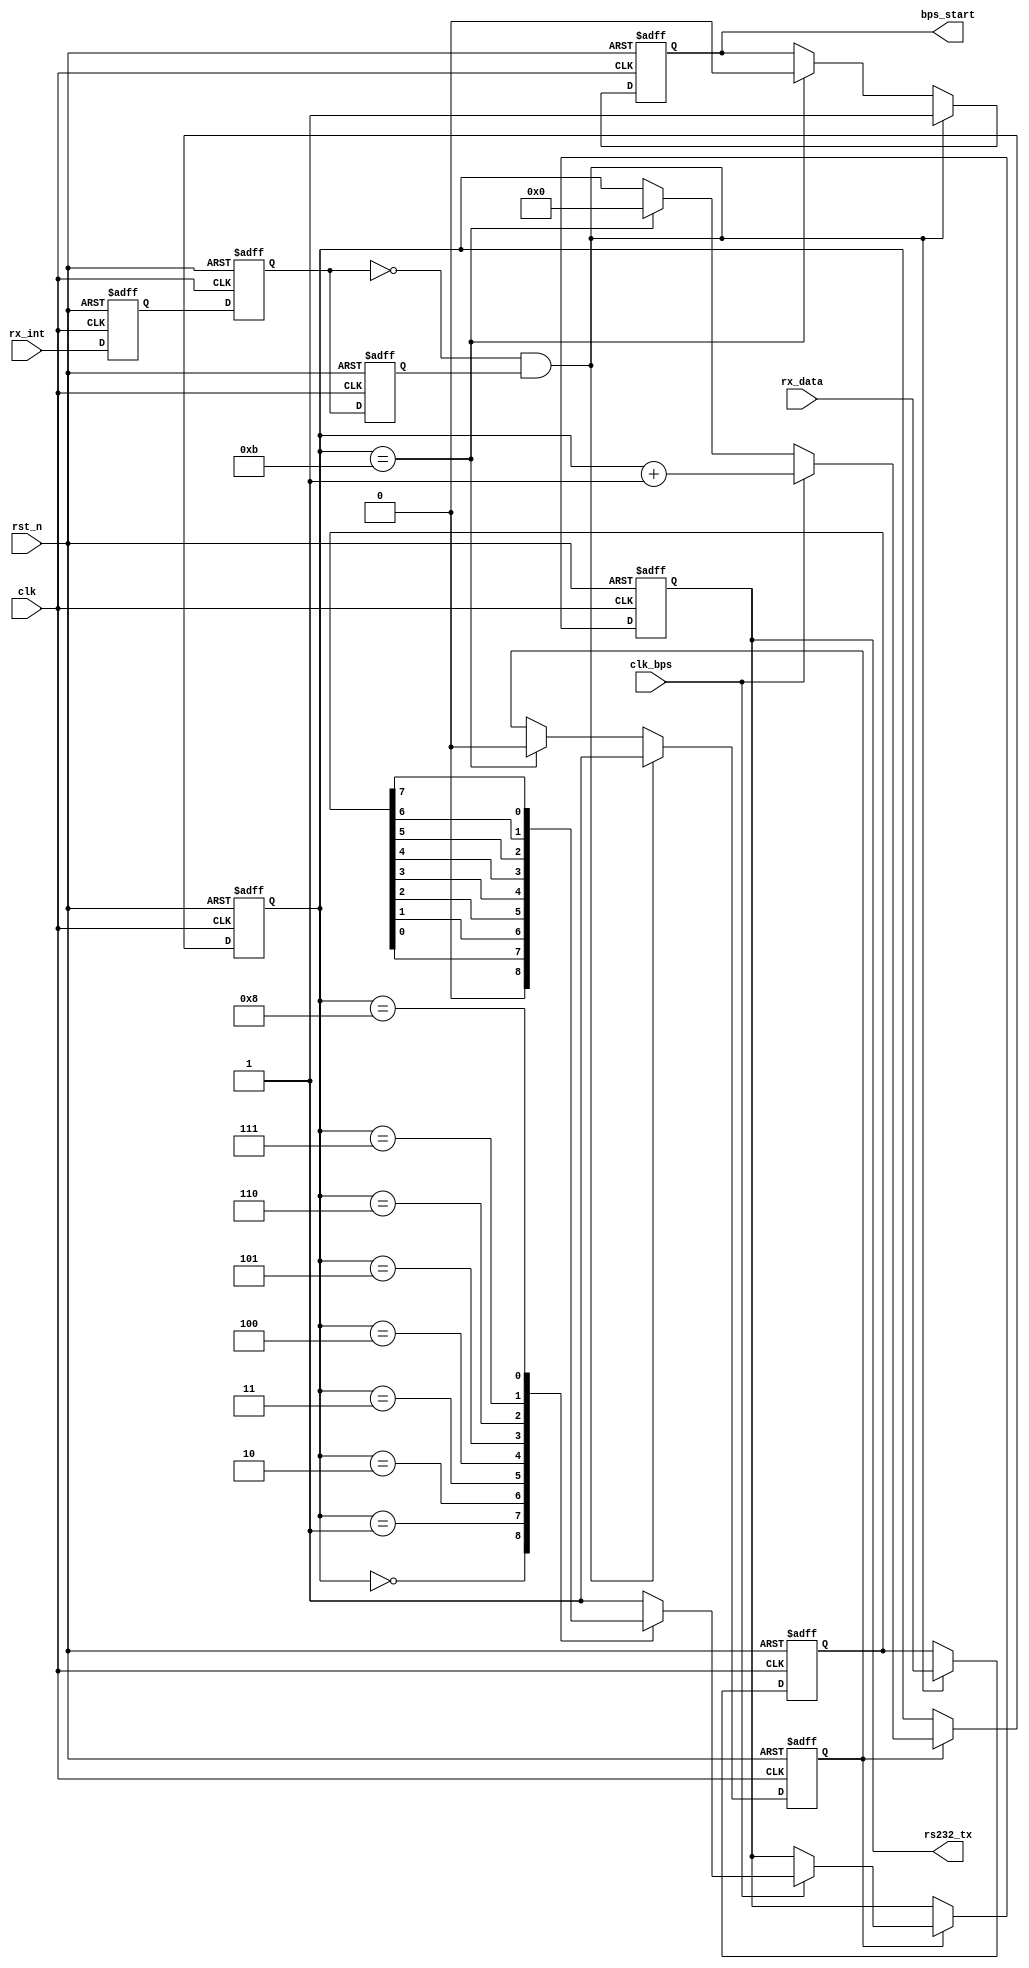
`timescale 1ns / 1ps

module my_uart_tx(
				clk,rst_n,
				rx_data,rx_int,rs232_tx,
				clk_bps,bps_start
			);

input clk;			// 50MHz
input rst_n;		//
input clk_bps;		// clk_bps_r,
input[7:0] rx_data;	//
input rx_int;		//,,
output rs232_tx;	// RS232
output bps_start;	//

//---------------------------------------------------------
reg rx_int0,rx_int1,rx_int2;	//rx_int
wire neg_rx_int;	// rx_int

always @ (posedge clk or negedge rst_n) begin
	if(!rst_n) begin
			rx_int0 <= 1'b0;
			rx_int1 <= 1'b0;
			rx_int2 <= 1'b0;
		end
	else begin
			rx_int0 <= rx_int;
			rx_int1 <= rx_int0;
			rx_int2 <= rx_int1;
		end
end

assign neg_rx_int =  ~rx_int1 & rx_int2;	//neg_rx_int

//---------------------------------------------------------
reg[7:0] tx_data;	//
//---------------------------------------------------------
reg bps_start_r;
reg tx_en;	//
reg[3:0] num;

always @ (posedge clk or negedge rst_n) begin
	if(!rst_n) begin
			bps_start_r <= 1'bz;
			tx_en <= 1'b0;
			tx_data <= 8'd0;
		end
	else if(neg_rx_int) begin	//
			bps_start_r <= 1'b1;
			tx_data <= rx_data;	//
			tx_en <= 1'b1;		//
		end
	else if(num==4'd11) begin	//
			bps_start_r <= 1'b0;
			tx_en <= 1'b0;
		end
end

assign bps_start = bps_start_r;

//---------------------------------------------------------
reg rs232_tx_r;

always @ (posedge clk or negedge rst_n) begin
	if(!rst_n) begin
			num <= 4'd0;
			rs232_tx_r <= 1'b1;
		end
	else if(tx_en) begin
			if(clk_bps)	begin
					num <= num+1'b1;
					case (num)
						4'd0: rs232_tx_r <= 1'b0; 	//
						4'd1: rs232_tx_r <= tx_data[0];	//bit0
						4'd2: rs232_tx_r <= tx_data[1];	//bit1
						4'd3: rs232_tx_r <= tx_data[2];	//bit2
						4'd4: rs232_tx_r <= tx_data[3];	//bit3
						4'd5: rs232_tx_r <= tx_data[4];	//bit4
						4'd6: rs232_tx_r <= tx_data[5];	//bit5
						4'd7: rs232_tx_r <= tx_data[6];	//bit6
						4'd8: rs232_tx_r <= tx_data[7];	//bit7
						4'd9: rs232_tx_r <= 1'b1;	//
					 	default: rs232_tx_r <= 1'b1;
						endcase
				end
			else if(num==4'd11) num <= 4'd0;	//
		end
end

assign rs232_tx = rs232_tx_r;

endmodule